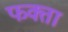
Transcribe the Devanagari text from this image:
फक्ता